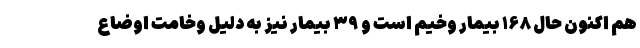
هم اکنون حال ۱۶۸ بیمار وخیم است و ۳۹ بیمار نیز به دلیل وخامت اوضاع